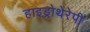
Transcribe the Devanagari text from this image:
हाइड्रोथेरेपी